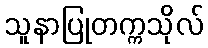
သူနာပြုတက္ကသိုလ်